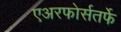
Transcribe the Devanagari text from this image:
एअरफोर्सतर्फे